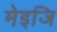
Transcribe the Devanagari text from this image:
मेइजि